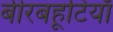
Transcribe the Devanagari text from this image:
बीरबहूटियाँ